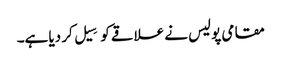
مقامی پولیس نے علاقے کو سِیل کر دیا ہے۔